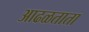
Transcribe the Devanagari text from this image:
आढळताता